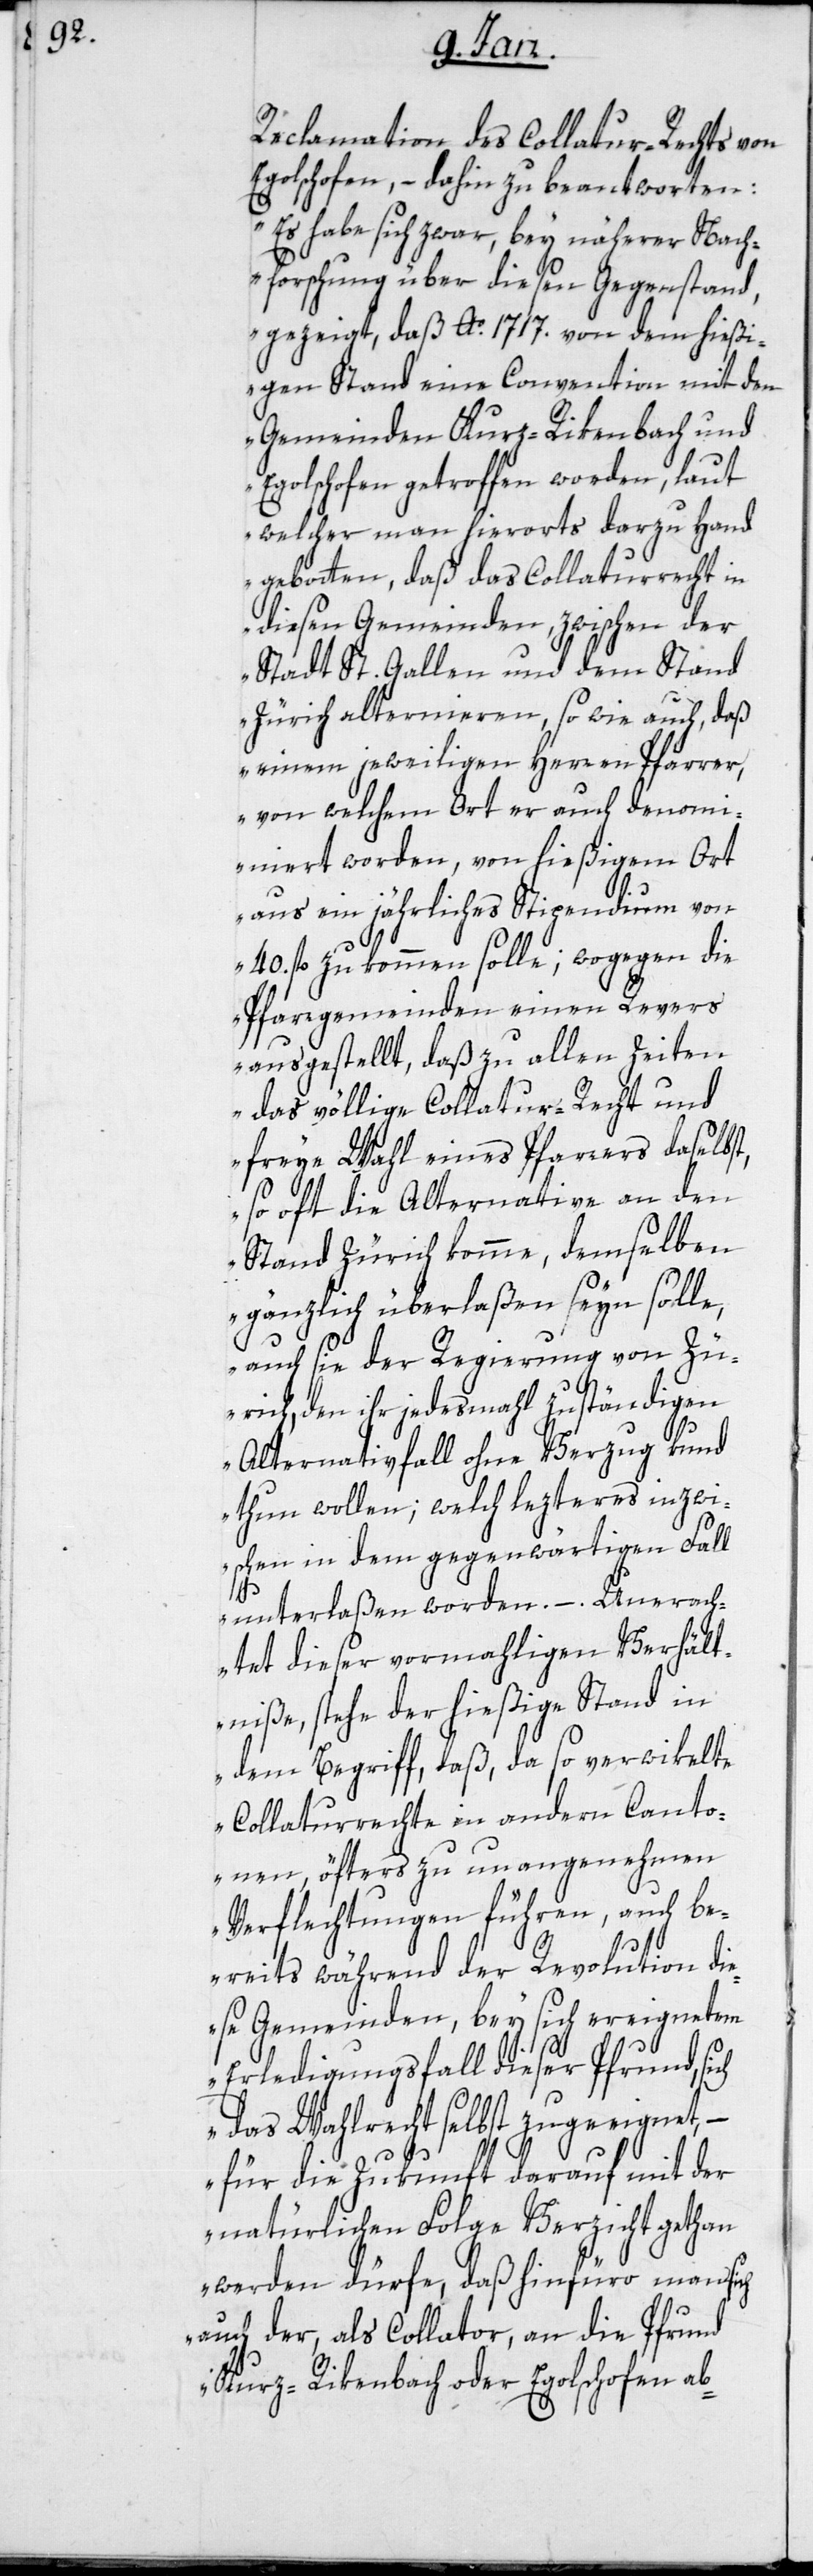
Reclamation des Collatur-Rechts von
Egolschofen, – dahin zu beantworten:
„Es habe sich zwar, bey näherer Nach¬
forschung über diesen Gegenstand,
gezeigt, daß Ao. 1717. von dem hießi¬
gen Stand eine Convention mit den
Gemeinden Kurz-Rikenbach und
Egolschofen getroffen worden, laut
welcher man hierorts darzu Hand
gebotten, daß das Collaturrecht in
diesen Gemeinden, zwischen der
Stadt St. Gallen und dem Stand
Zürich alternieren, sowie auch, daß
einem jeweiligen Herren Pfarrer,
von welchem Ort er auch denomi¬
niert worden, von hießigem Ort
aus ein jährliches Stipendium von
40 fl. zukommen solle; wogegen die
Pfarrgemeinden einen Revers
ausgestellt, daß zu allen Zeiten
das völlige Collatur-Recht und
freye Wahl eines Pfarrers daselbst,
so oft die Alternative an den
Stand Zürich komme, demselben
gänzlich überlaßen seyn solle,
auch sie der Regierung von Zü¬
rich, den ihr jedesmahl zuständigen
Alternativfall ohne Verzug kund
thun wollen; welch letzteres inzwi¬
schen in dem gegenwärtigen Fall
unterlaßen worden. – Unerach¬
tet dieser vormahligen Verhält¬
niße, stehe der hießige Stand in
dem Begriff, daß, da so verwikelte
Collaturrechte in andern Canto¬
nen, öfters zu unangenehmen
Verflechtungen führen, auch be¬
reits während der Revolution di¬
ese Gemeinden, bey sich ereignetem
Erledigungsfall dieser Pfrund, sich
das Wahlrecht selbst zugeeignet, –
für die Zukunft darauf mit der
natürlichen Folge Verzicht gethan
werden dürfe, daß hinfüro man sich
auch der, als Collator, an die Pfrund
Kurz-Rikenbach oder Egolschofen ab-